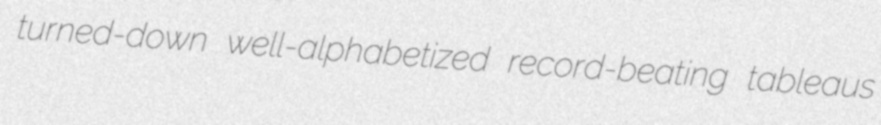
turned-down well-alphabetized record-beating tableaus